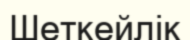
Шеткейлік